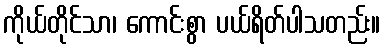
ကိုယ်တိုင်သာ၊ ကောင်းစွာ ပယ်ရိတ်ပါသတည်း။